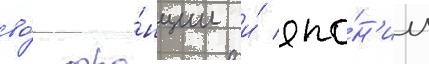
во́ фра́нции и́ япо́н'ии